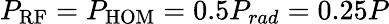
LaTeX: P_{\mathrm{RF}}=P_{\mathrm{HOM}}=0.5P_{rad}=0.25P